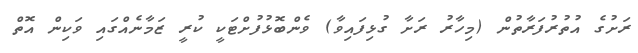
ރަށުގެ އުތުރުފަރާތުން (މިހާރު ރަށާ ގުޅިފައިވާ) ވެންބޮޅުފުށްޓަކީ ކުރީ ޒަމާނެއްގައި ވަކިން އޮތް